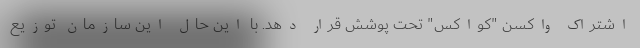
اشتراک واکسن "کواکس" تحت پوشش قرار دهد. با این حال این سازمان توزیع